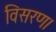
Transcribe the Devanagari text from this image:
विसरण।